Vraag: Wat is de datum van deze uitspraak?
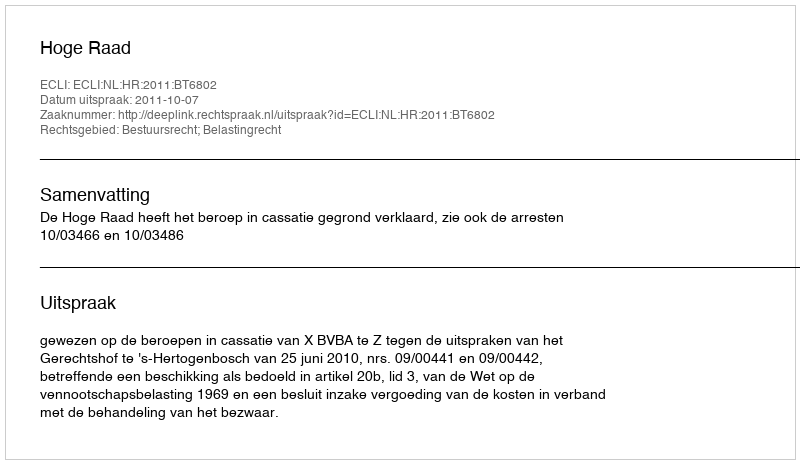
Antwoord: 2011-10-07